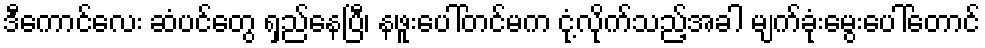
ဒီကောင်လေး ဆံပင်တွေ ရှည်နေပြီ၊ နဖူးပေါ်တင်မက ငုံ့လိုက်သည့်အခါ မျက်ခုံးမွေးပေါ်တောင်